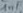
Text: 1nF